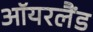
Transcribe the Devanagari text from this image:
ऑयरलैंड